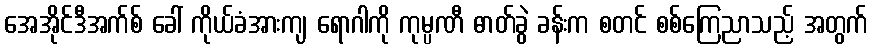
အေအိုင်ဒီအက်စ် ခေါ် ကိုယ်ခံအားကျ ရောဂါကို ကုမ္ပဏီ ဓာတ်ခွဲ ခန်းက စတင် စစ်ကြေညာသည့် အတွက်